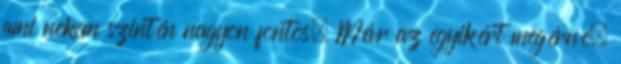
ami nekem szintén nagyon fontos. Már az egyikért megérné.